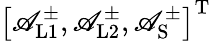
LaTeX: \left[\mathscr{A}_{\mathrm{{L1}}}^{\pm},\mathscr{A}_{\mathrm{{L2}}}^{\pm},\mathscr{A}_{\mathrm{{S}}}^{\pm}\right]^{\mathrm{{T}}}